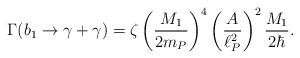
LaTeX: \begin{align*}\Gamma(b_1 \to \gamma + \gamma)= \zeta \left({M_1\over2m_P}\right)^4 \left({A\over\ell_P^2}\right)^2{M_1\over2\hbar}.\end{align*}